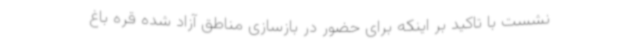
نشست با تاکید بر اینکه برای حضور در بازسازی مناطق آزاد شده قره باغ